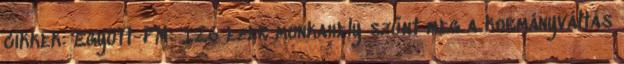
cikkek: Együtt-PM: 126 ezer munkahely szűnt meg a kormányváltás